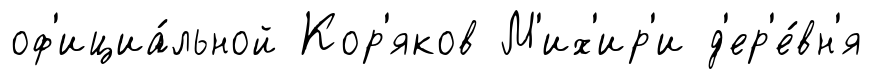
оф'ициа́льной Кор'яков М'их'ир'и д'ер'е́вн'я